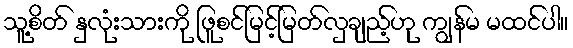
သူ့စိတ် နှလုံးသားကို ဖြူစင်မြင့်မြတ်လှချည့်ဟု ကျွန်မ မထင်ပါ။